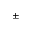
\pm